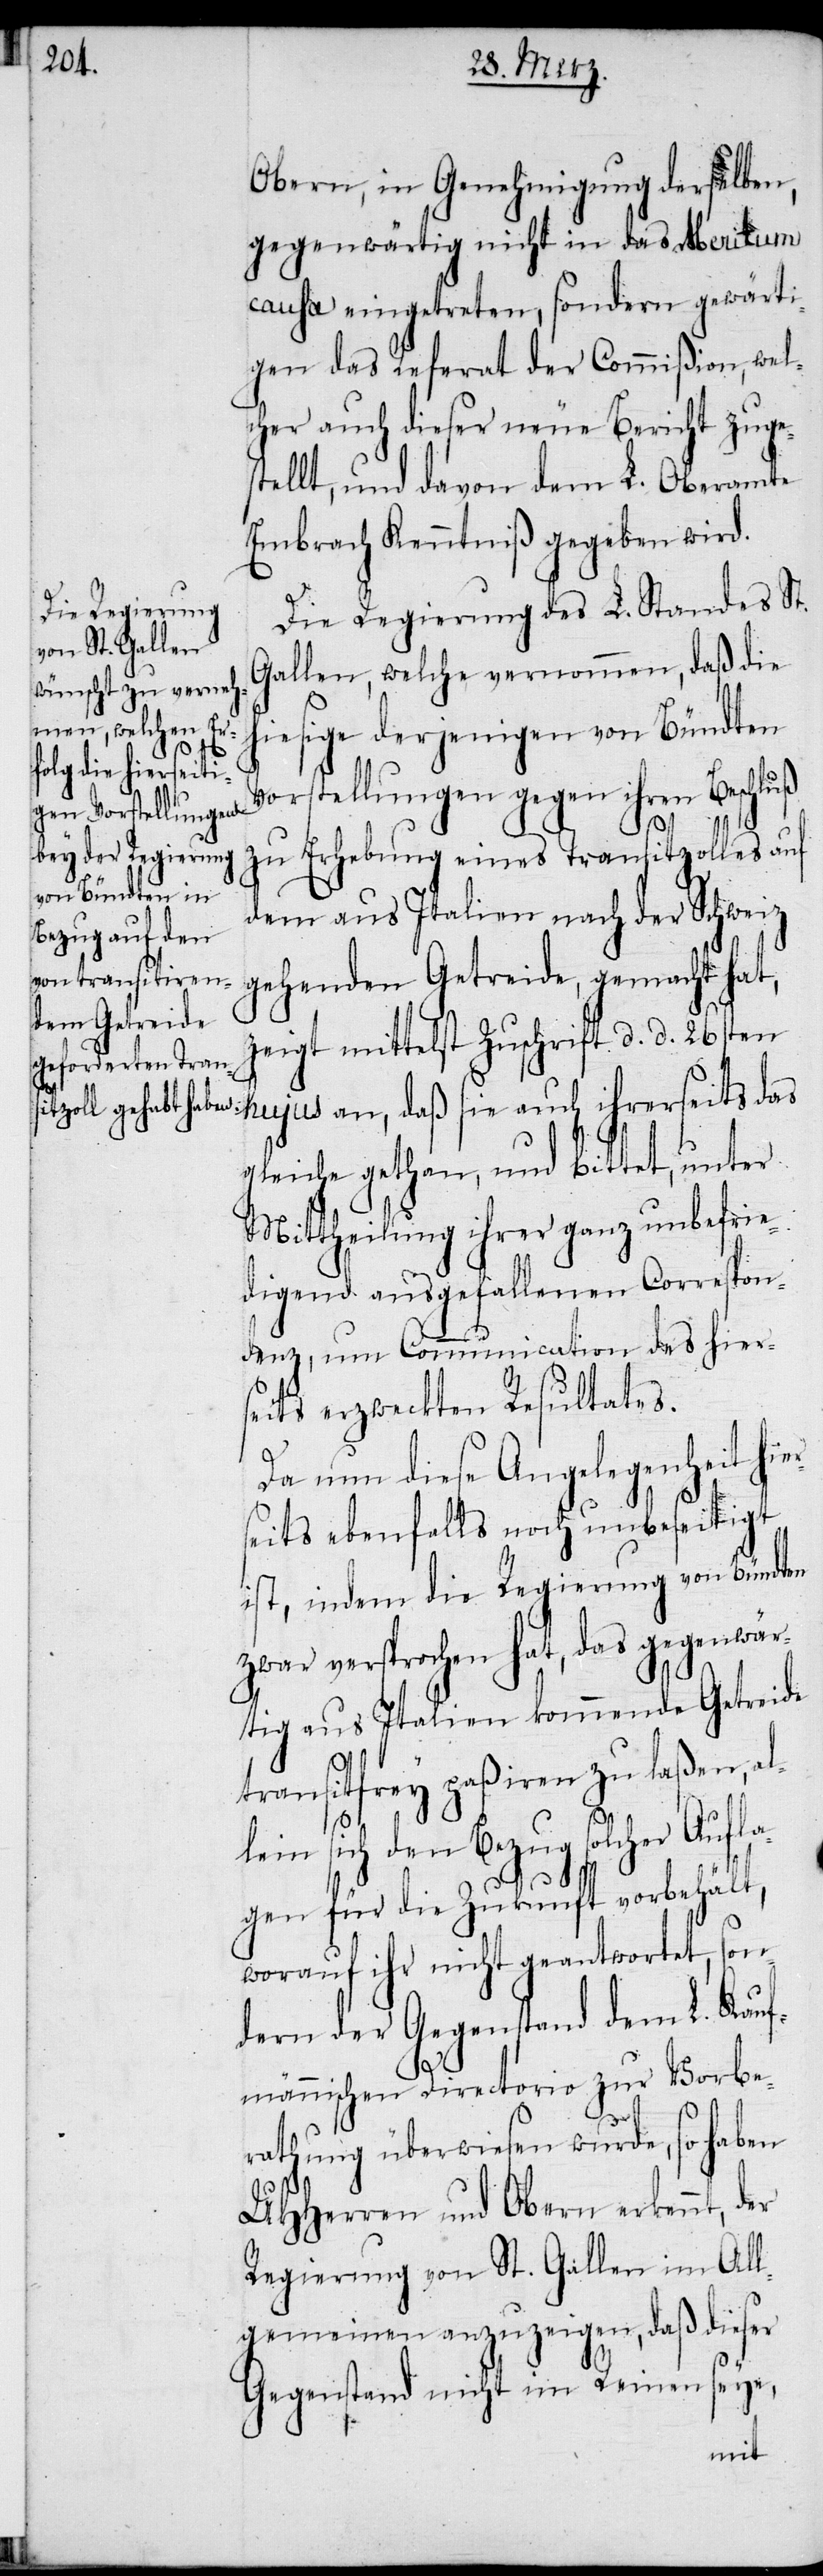
er¬

Obern, in Genehmigung derselben,
gegenwärtig nicht in das Meritum
causa eingetreten, sondern gewärti¬
gen das Referat der Commißion, wel¬
cher auch dieser neue Bericht zuge¬
stellt, und davon dem L. Oberamte
Embrach Kenntniß gegeben wird.
Die Regierung des L. Standes St.
Gallen, welche vernommen, daß die
hiesige derjenigen von Bündten
Vorstellungen gegen ihren Beschluß
zu Erhebung eines Transitzolles auf
dem aus Italien nach der Schweiz
gehenden Getreide, gemacht hat,
zeigt mittelst Zuschrift d. d. 26sten
hujus an, daß sie auch ihrerseits das
gleiche gethan, und bittet, unter
Mittheilung ihrer ganz unbefrie¬
digend ausgefallenen Correspon¬
denz, um Communication des hier¬
seits erzweckten Resultates.
Da nun diese Angelegenheit hi¬
seits ebenfalls noch unbeseitigt
ist, indem die Regierung von Bündten
zwar versprochen hat, das gegenwär¬
tig aus Italien kommende Getreide
transitfrey paßiren zu laßen, al¬
lein sich den Bezug solcher Aufla¬
gen für die Zukunft vorbehält,
worauf ihr nicht geantwortet, son¬
dern der Gegenstand dem L. Kauf¬
männischen Directorio zur Vorbe¬
rathung überwiesen wurde, so haben
UHHerren und Obern erkennt,
Regierung von St. Gallen im All¬
gemeinen anzuzeigen, daß dieser
Gegenstand nicht im Reinen seye,